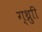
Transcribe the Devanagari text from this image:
ग्थ्रुाी